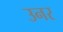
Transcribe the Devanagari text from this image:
उनर